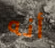
أنه